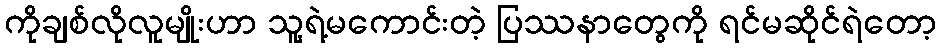
ကိုချစ်လိုလူမျိုးဟာ သူ့ရဲ့မကောင်းတဲ့ ပြဿနာတွေကို ရင်မဆိုင်ရဲတော့